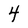
Character: 4